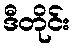
ဒီတိုင်း